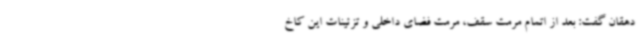
دهقان گفت: بعد از اتمام مرمت سقف، مرمت فضای داخلی و تزئینات این کاخ